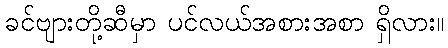
ခင်ဗျားတို့ဆီမှာ ပင်လယ်အစားအစာ ရှိလား။